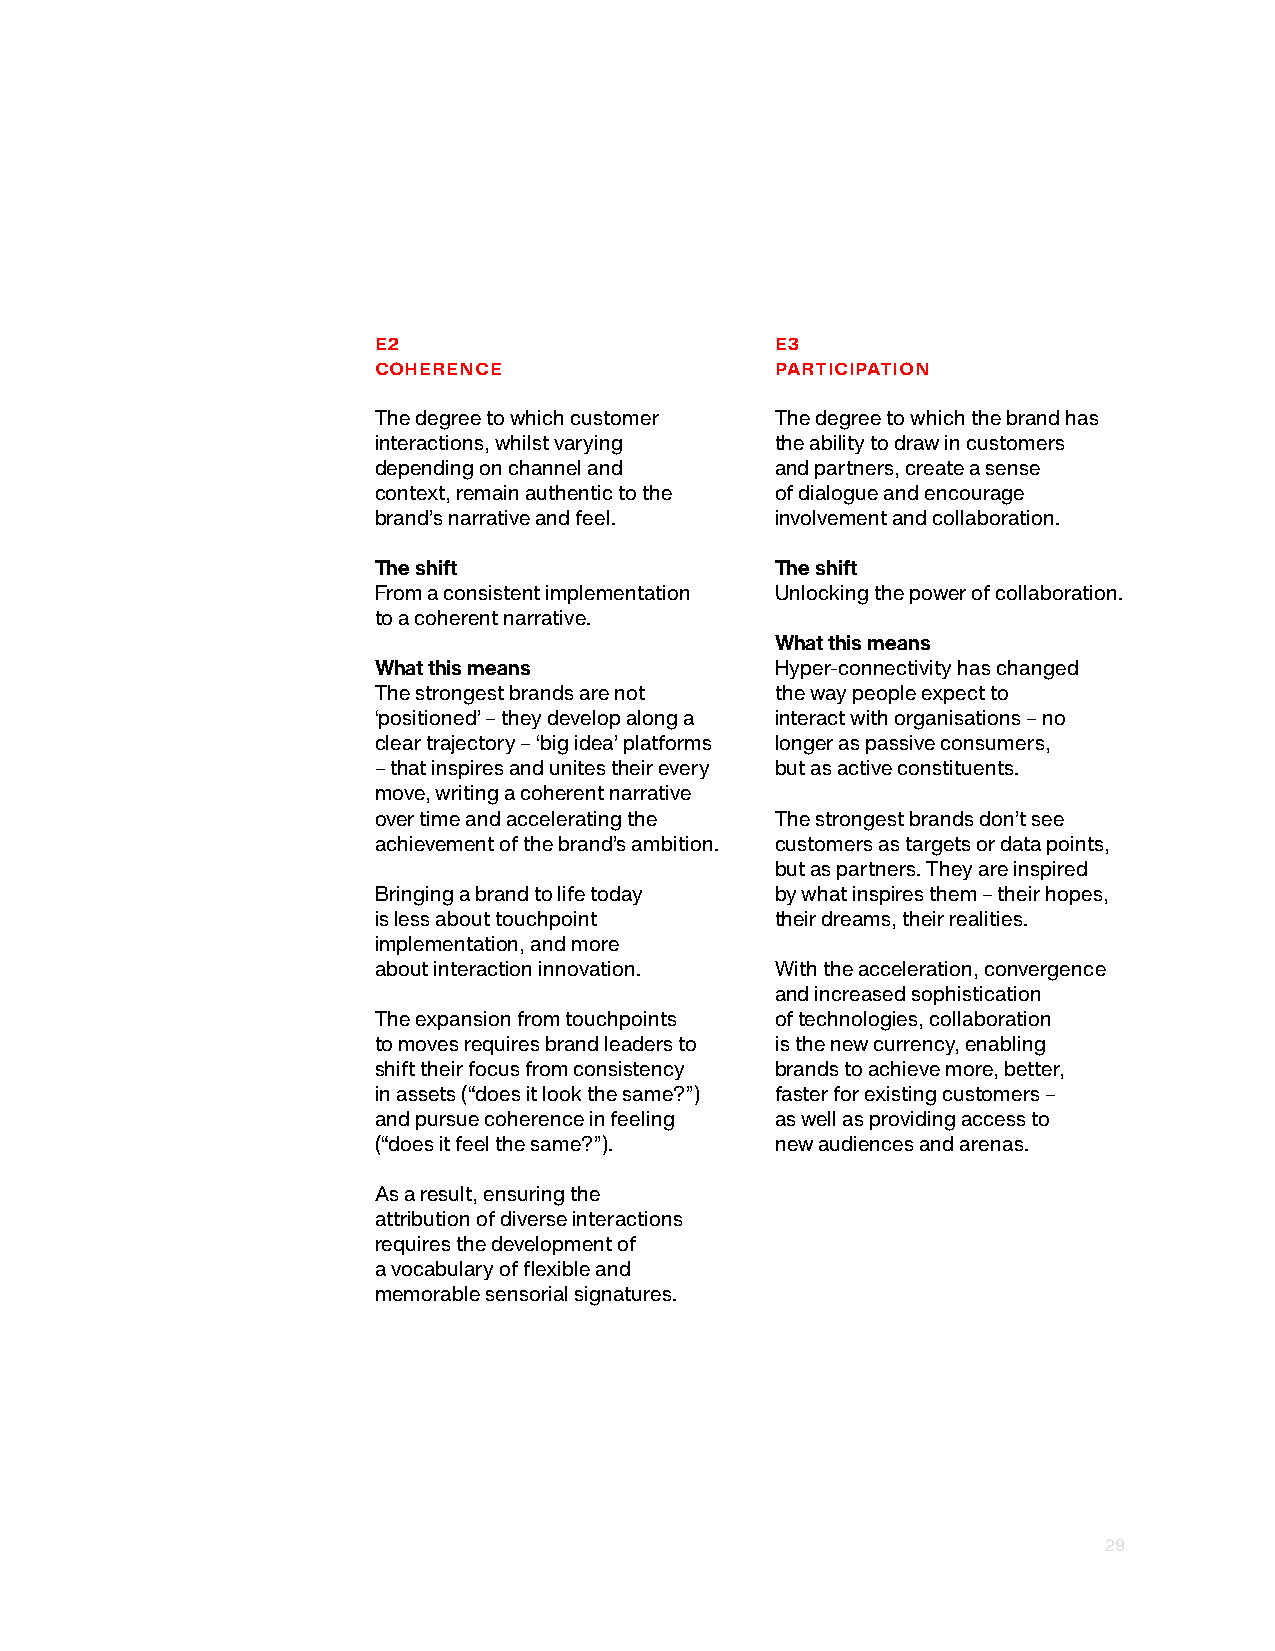
E2                        E3
 COHERENCE                 PARTICIPATION
 The degree to which customer The degree to which the brand has
 interactions, whilst varying the ability to draw in customers
 depending on channel and  and partners, create a sense
 context, remain authentic to the of dialogue and encourage
 brand’s narrative and feel. involvement and collaboration.
 The shift                 The shift
 From a consistent implementation Unlocking the power of collaboration.
 to a coherent narrative.
 What this means
 What this means           Hyper-connectivity has changed
 The strongest brands are not the way people expect to
 ‘positioned’ – they develop along a interact with organisations – no
 clear trajectory – ‘big idea’ platforms longer as passive consumers,
 – that inspires and unites their every but as active constituents.
 move, writing a coherent narrative
 over time and accelerating the The strongest brands don’t see
 achievement of the brand’s ambition. customers as targets or data points,
 but as partners. They are inspired
 Bringing a brand to life today by what inspires them – their hopes,
 is less about touchpoint  their dreams, their realities.
 implementation, and more
 about interaction innovation. With the acceleration, convergence
 and increased sophistication
 The expansion from touchpoints of technologies, collaboration
 to moves requires brand leaders to is the new currency, enabling
 shift their focus from consistency brands to achieve more, better,
 in assets (“does it look the same?”) faster for existing customers –
 and pursue coherence in feeling as well as providing access to
 (“does it feel the same?”). new audiences and arenas.
 As a result, ensuring the
 attribution of diverse interactions
 requires the development of
 a vocabulary of flexible and
 memorable sensorial signatures.
 29